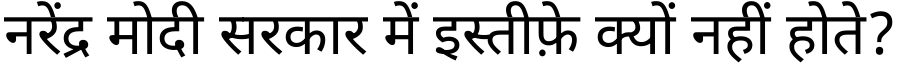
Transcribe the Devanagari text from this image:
नरेंद्र मोदी सरकार में इस्तीफ़े क्यों नहीं होते?